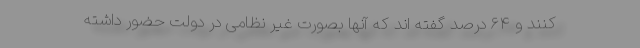
کنند و ۶۴ درصد گفته اند که آنها بصورت غیر نظامی در دولت حضور داشته